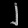
Digit: ၂